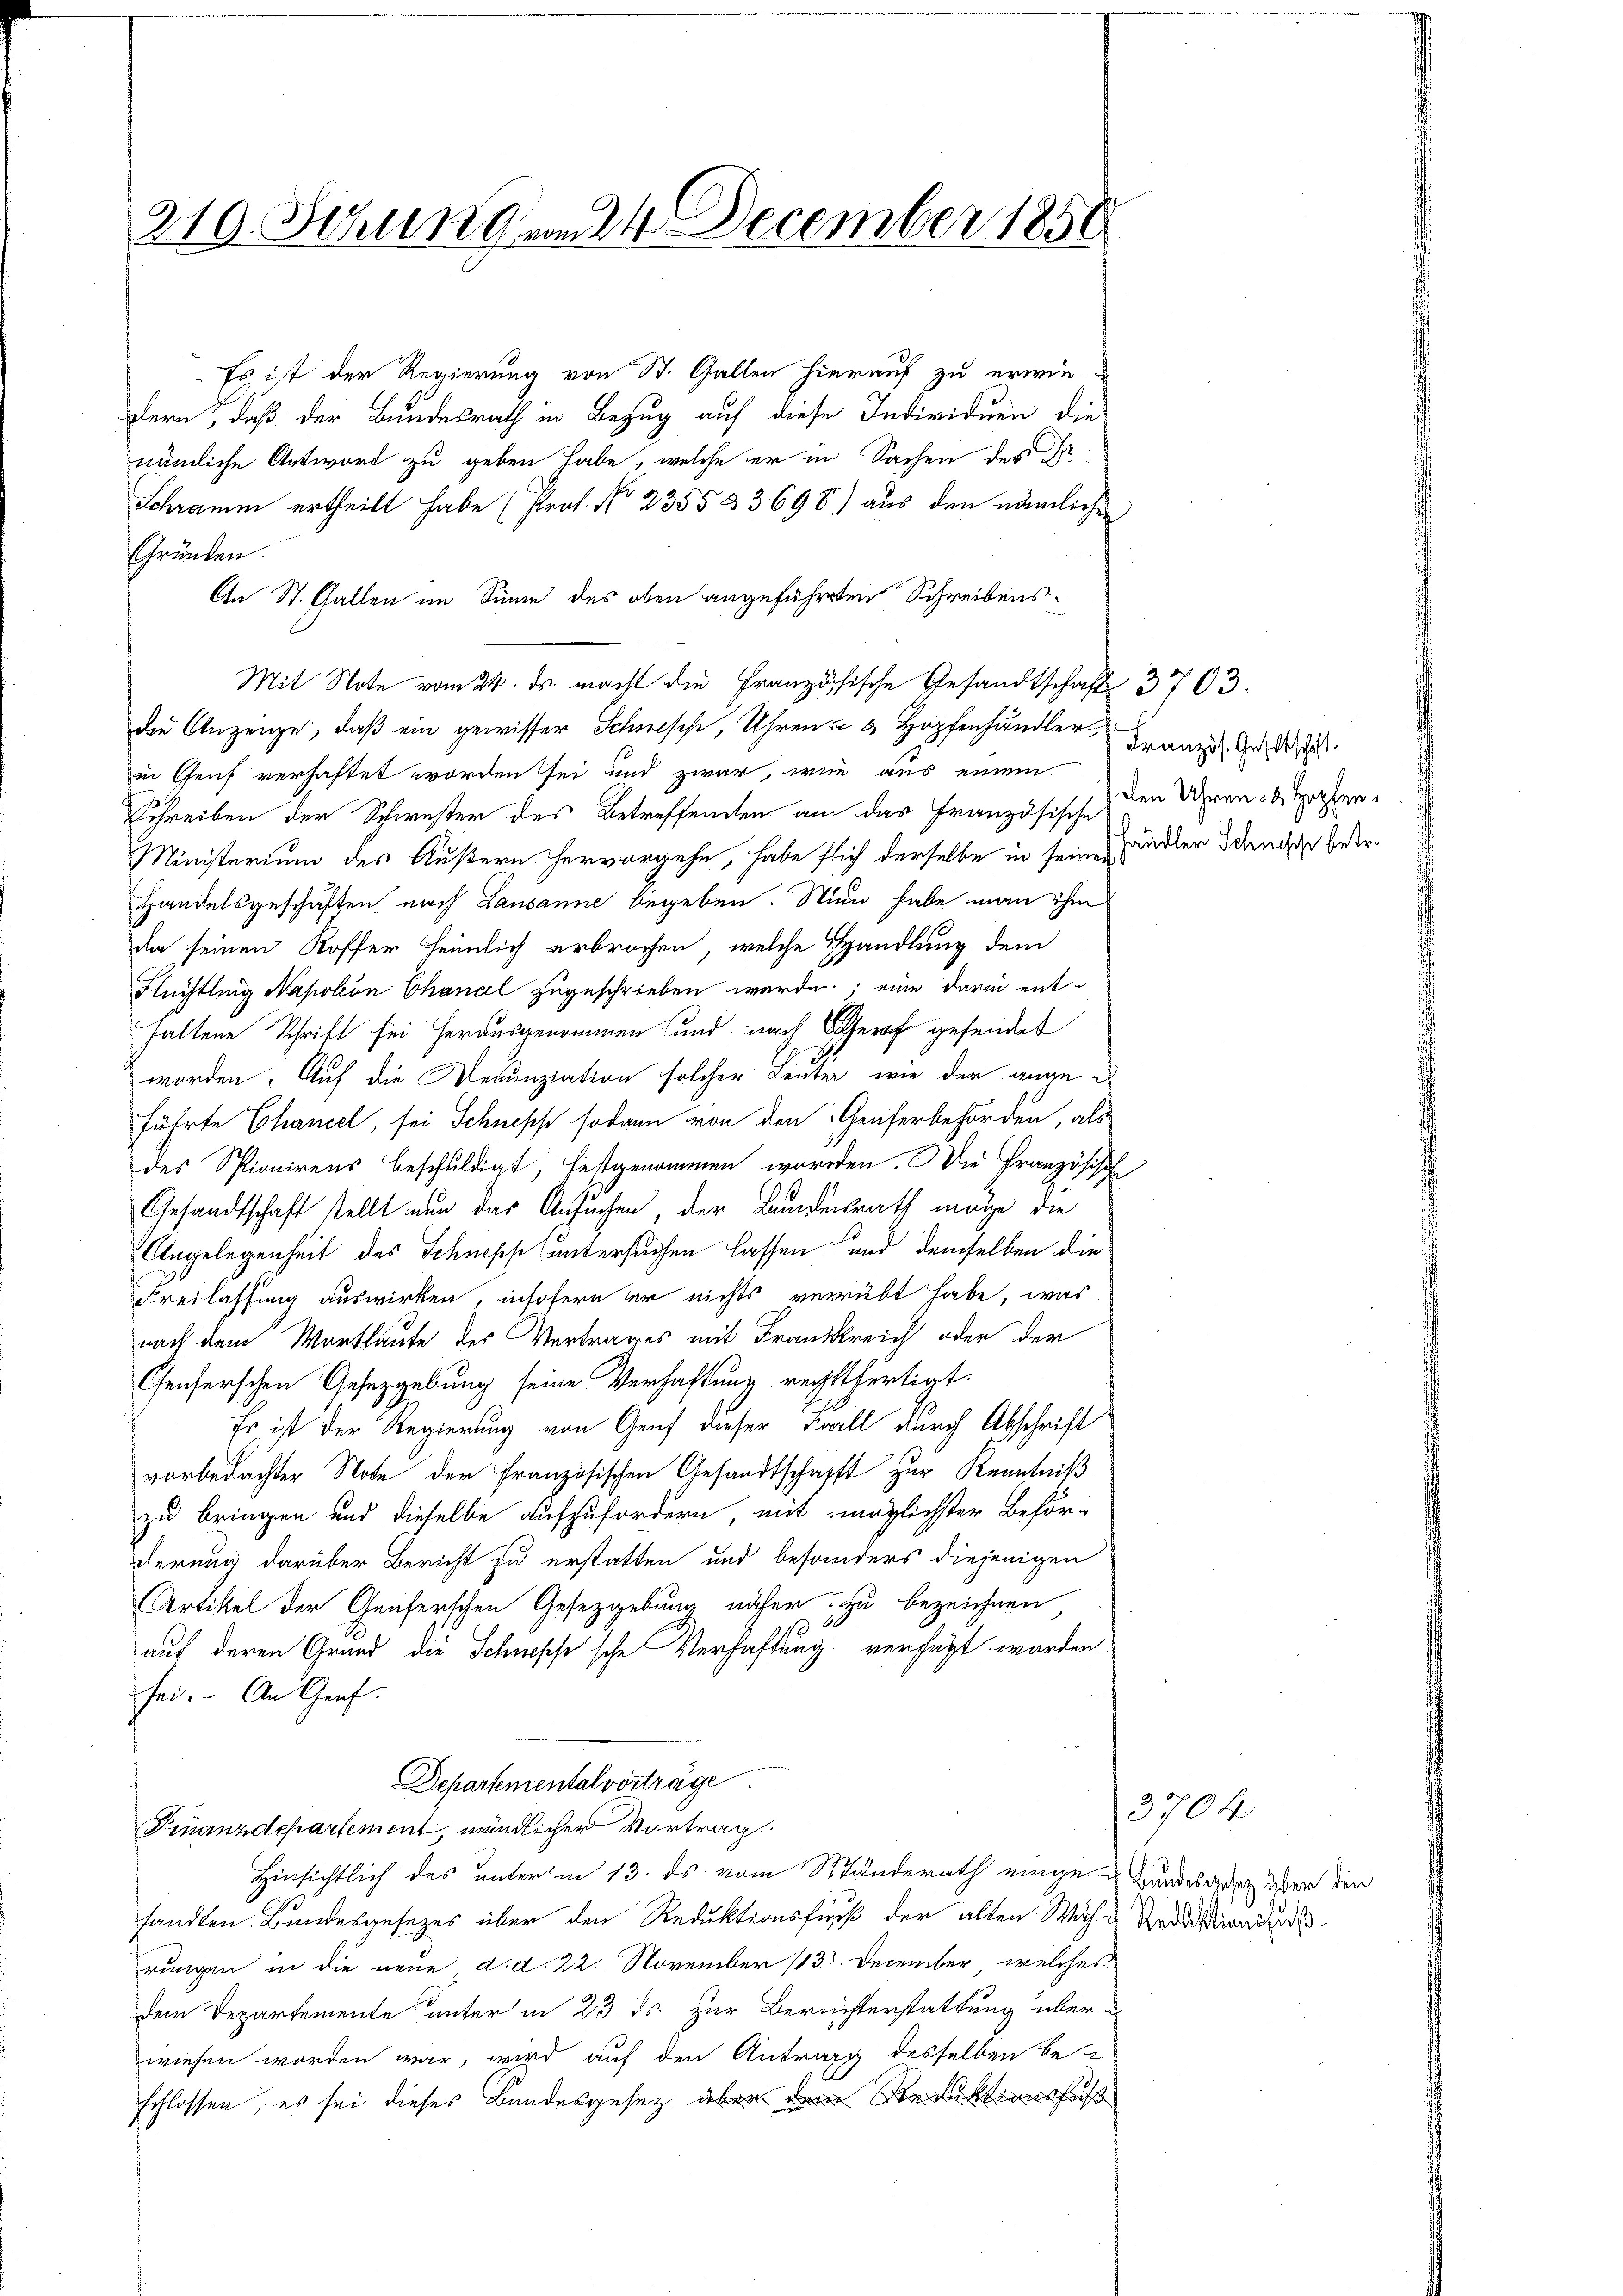
219. Sedung vom 24. December 1858

Es ist der Regierung von St. Gallen hierauf zu erwie-
dern, daß der Bundesrath in Bezug auf diese Individuen die
nämliche Antwort zu geben habe, welche er in Sachen des Sr.
Schramm ertheilt habe (Prof. No 2355 § 3698) aus den nämlichen
Gründen.
An St. Gallen im Sinne des oben angefährten Schreibens¬
Mit Note vom 24. ds. macht die Französische Gesandtschaft 3703.
die Anzeige, daß ein gewisser Schnische, Uhren & 3 Hopfenhändler,
in Genf verhaftet worden sei und zwar, wie aus einem
Schreiben der Schwester des Betreffenden am das Französische
Ministerium des Äußern hervorgehe, habe flich derselbe in seinen
Handelsgeschäften nach Lausanne begeben. Nun habe man ihm
da seinen Koffer heimlich erbrochen, welche Handlung dem
Flüchtling Napoleon Chanal zugeschrieben werde; eine darin enthaltene Schrift sei herausgenommen und nach Graf gefundet
worden. Auf die Denunziation solcher Leuter, wie der ange e
führte Chancel, sei Schneppe sodann von den Genferbehörden, als
des Spionirens beschuldigt, festgenommen worden. Die Französisch
Gesandtschaft stellt nun das Ansuchen, der Bundesrath möge die
Angelegenheit des Schnepp (untersuchen lassen und demselben die
Freilassung auswirken, insofern er nichts verrübt habe, was
nach dem Wortlaute des Vertrages mit Frankreich oder der
Genferschen Gesetzgebung seine Verhaftung rechtfertigt.
Es ist der Regierung von Genf dieser Fall durch Abschrift
vorbedachter Note der französischen Gesandtschafft zur Kenntniß
zu bringen und dieselbe aufzufordern, mit möglichster Beför-
derung darüber Bericht zu erstatten und besonders diejenigen
Artikel der Genferschen Gesetzgebung näher zu bezeichnen
auf deren Grund die Schnopf'sche Verhaftung verfügt worden.
sei. An Genf.
Departemental vorträge
Finanzdepartement, mündlicher Vortrag.
Hinsichtlich des unter in 13. ds. vom Stunderath eingen Bundesgert aber den
sandten Bundesgesezes über den Reduktionsfreiß der alten Wache Redaktion de
rungen in die neue d. d. 22. November (133. December, welches
dem Departemente unter in 23. ds. zur Berechterstattung überwiesen worden war, wird auf den Antrag desselben be-
schlossen, es sei dieses Bundesgesez aber dem Reduktionsfuß

Französ. Gesellschaft
Den Uhren & Hopfen,
händler Schnische betr.

3704.